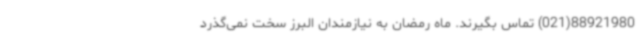
88921980(021) تماس بگیرند. ماه رمضان به نیازمندان البرز سخت نمی‌گذرد